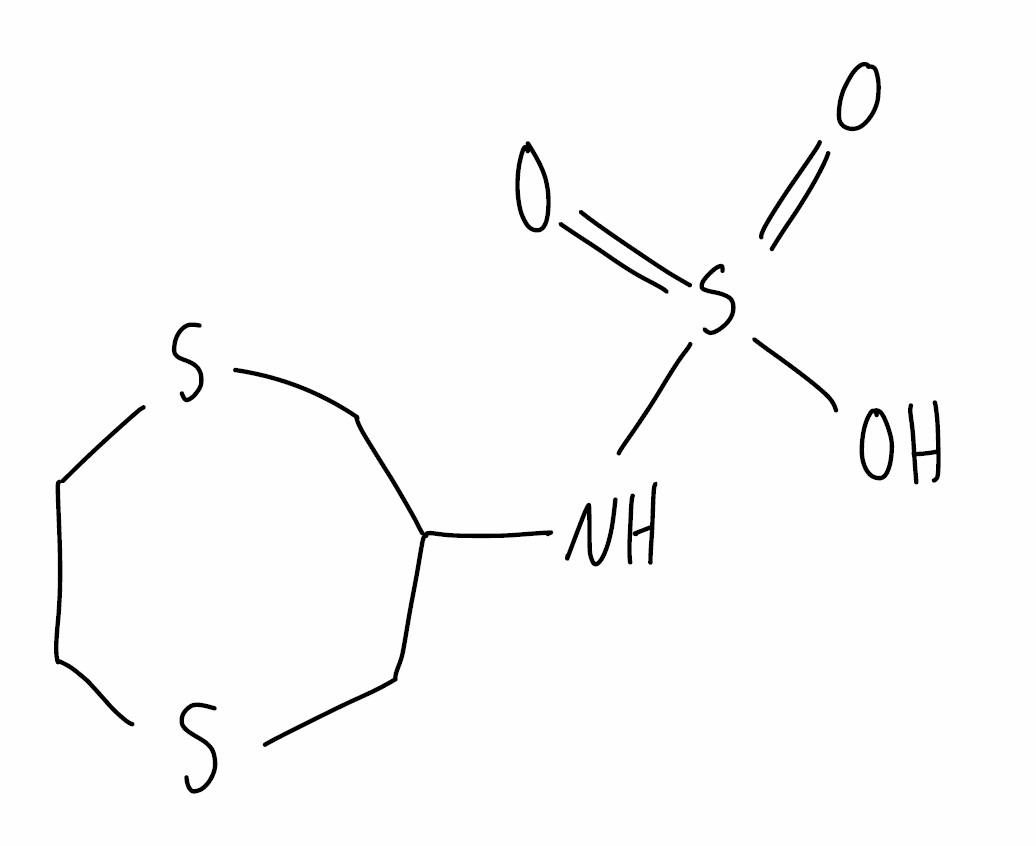
Simplified molecular-input line-entry system (SMILES) notation of the given molecule:
C1CSCC(CS1)NS(=O)(=O)O